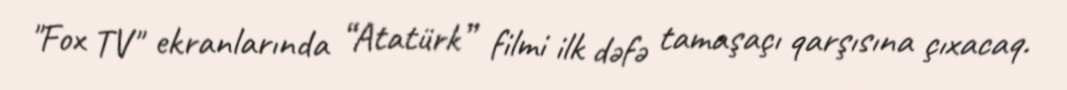
"Fox TV" ekranlarında “Atatürk” filmi ilk dəfə tamaşaçı qarşısına çıxacaq.